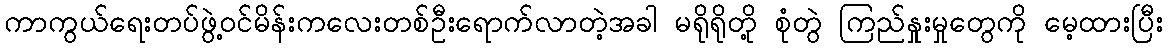
ကာကွယ်ရေးတပ်ဖွဲ့ဝင်မိန်းကလေးတစ်ဦးရောက်လာတဲ့အခါ မရိုရိုတို့ စုံတွဲ ကြည်နှုးမှုတွေကို မေ့ထားပြီး